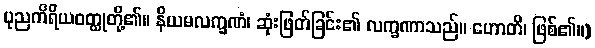
ပုညကိရိယဝတ္ထုတို့၏။ နိယမလက္ခဏံ၊ ဆုံးဖြတ်ခြင်း၏ လက္ခဏာသည်။ ဟောတိ၊ ဖြစ်၏။)